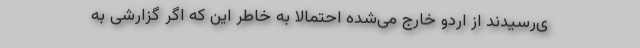
ی‌رسیدند از اردو خارج می‌شده احتمالا به خاطر این که اگر گزارشی به